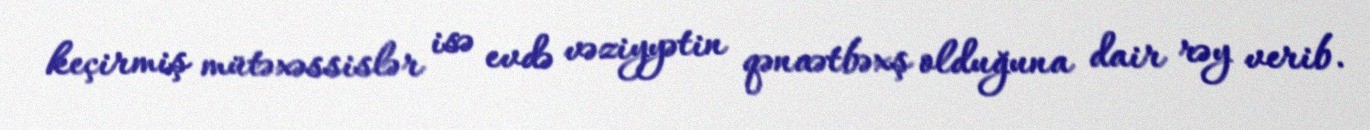
keçirmiş mütəxəssislər isə evdə vəziyyətin qənaətbəxş olduğuna dair rəy verib.